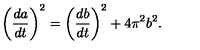
\left( { \frac { d a } { d t } } \right) ^ { 2 } = \left( { \frac { d b } { d t } } \right) ^ { 2 } + 4 \pi ^ { 2 } b ^ { 2 } .